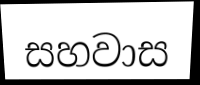
සහවාස